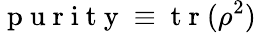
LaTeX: \mathrm{~p~u~r~i~t~y~}\equiv\mathrm{~t~r~}(\rho^{2})